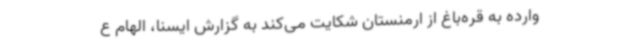
وارده به قره‌باغ از ارمنستان شکایت می‌کند به گزارش ایسنا، الهام ع